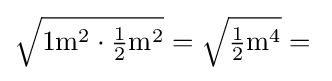
{\textstyle {\sqrt {1\mathrm {m} ^{2}\cdot {\frac {1}{2}}\mathrm {m} ^{2}}}={\sqrt {{\frac {1}{2}}\mathrm {m} ^{4}}}={}}